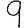
Digit: 9